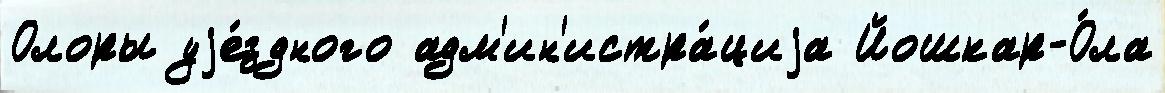
Олоры уjе́здного адм'ин'истра́циjа Йошкар-О́ла